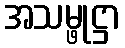
အသမ္ဖုဋ္ဌာ